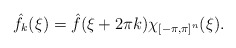
\begin{align*}\hat{f}_k(\xi)=\hat{f}(\xi+2\pi k)\chi_{[-\pi,\pi]^n}(\xi).\end{align*}